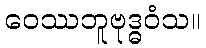
ဝေဿဘူဗုဒ္ဓဝံသ။